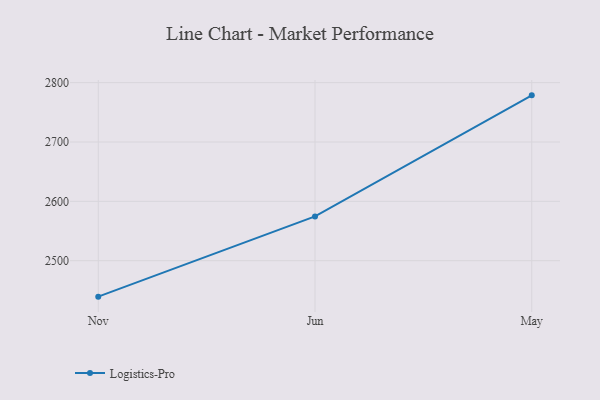
{"axis": {"x": "Month", "y": "Temperature (°C)"}, "legend": ["Logistics-Pro"], "data": [{"x": "Nov", "y": 2439.4, "type": "Logistics-Pro"}, {"x": "Jun", "y": 2574.6, "type": "Logistics-Pro"}, {"x": "May", "y": 2778.6, "type": "Logistics-Pro"}]}